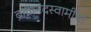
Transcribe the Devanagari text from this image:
ब्रह्मानंदस्वामींचा